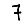
Digit: 7